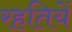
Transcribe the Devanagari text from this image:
रहतियें